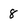
Character: 8